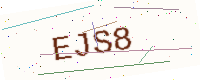
Text: EJS8